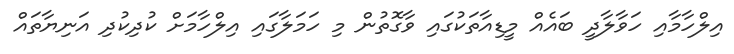
އިލްހާމާއި ހަވާލާދީ ބައެއް މީޑިއާތަކުގައި ވާގޮތުން މި ހަމަލާގައި އިލްހާމަށް ކުދިކުދި އަނިޔާތައް